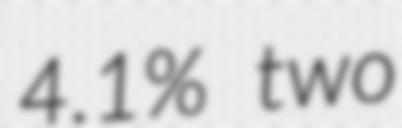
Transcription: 4.1% two